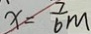
x = \frac { 7 } { 6 } m